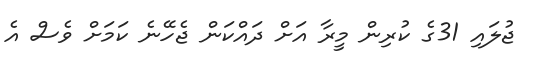
ޖުލައި 31ގެ ކުރިން މީރާ އަށް ދައްކަން ޖެހޭނެ ކަމަށް ވެސް އެ